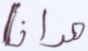
هدانا